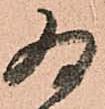
為